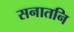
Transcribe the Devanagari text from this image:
सनातनि